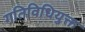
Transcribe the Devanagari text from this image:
गतिविधियुक्त